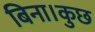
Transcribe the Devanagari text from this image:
बिना।कुछ